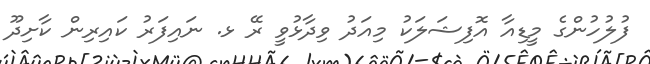
ފުލުހުންގެ މީޑިއާ އޮފިޝަލަކު މިއަދު ވިދާޅުވީ ރޭ ޅ. ނައިފަރު ކައިރިން ކާށިދޫ